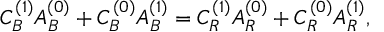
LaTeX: C _ { B } ^ { ( 1 ) } A _ { B } ^ { ( 0 ) } + C _ { B } ^ { ( 0 ) } A _ { B } ^ { ( 1 ) } = C _ { R } ^ { ( 1 ) } A _ { R } ^ { ( 0 ) } + C _ { R } ^ { ( 0 ) } A _ { R } ^ { ( 1 ) } ,